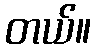
တယ်။